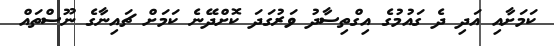
ކަމަށާއި އަދި ދެ ގައުމުގެ އިގްތިސާދު ވަރުގަދަ ކޮށްދޭނެ ކަމަށް ޗައިނާގެ ނޫސްތައް